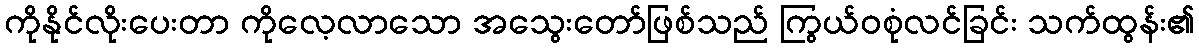
ကိုနိုင်လိုးပေးတာ ကိုလေ့လာသော အသွေးတော်ဖြစ်သည် ကြွယ်ဝစုံလင်ခြင်း သက်ထွန်း၏